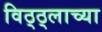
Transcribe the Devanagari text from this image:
विठ्ठ्लाच्या